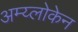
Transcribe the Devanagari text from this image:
अम्य्लोकेन